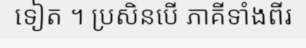
ទៀត ។ ប្រសិនបើ ភាគីទាំងពីរ